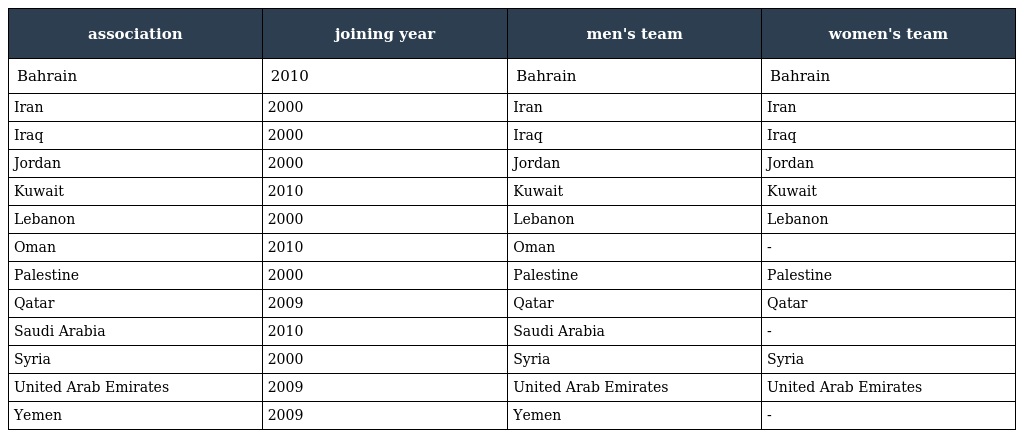
| association | joining year | men's team | women's team |
 | --- | --- | --- | --- |
 | Bahrain | 2010 | Bahrain | Bahrain |
 | Iran | 2000 | Iran | Iran |
 | Iraq | 2000 | Iraq | Iraq |
 | Jordan | 2000 | Jordan | Jordan |
 | Kuwait | 2010 | Kuwait | Kuwait |
 | Lebanon | 2000 | Lebanon | Lebanon |
 | Oman | 2010 | Oman | - |
 | Palestine | 2000 | Palestine | Palestine |
 | Qatar | 2009 | Qatar | Qatar |
 | Saudi Arabia | 2010 | Saudi Arabia | - |
 | Syria | 2000 | Syria | Syria |
 | United Arab Emirates | 2009 | United Arab Emirates | United Arab Emirates |
 | Yemen | 2009 | Yemen | - |